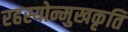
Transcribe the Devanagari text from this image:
रहस्योन्मुखकृति